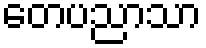
တေပညာသာ